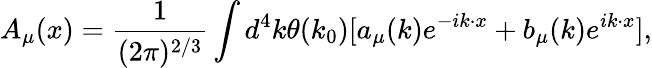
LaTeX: A_{\mu}(x)=\frac{1}{(2\pi)^{2/3}}\int d^{4}k\theta(k_{0}){[a_{\mu}(k)e^{-ik\cdot x}+b_{\mu}(k)e^{ik\cdot x}]},